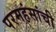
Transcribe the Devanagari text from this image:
परमहंसांची